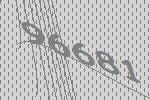
96681